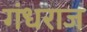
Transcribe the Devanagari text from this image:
गंधराज